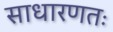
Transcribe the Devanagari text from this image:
साधारणतः